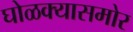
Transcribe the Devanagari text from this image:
घोळक्यासमोर